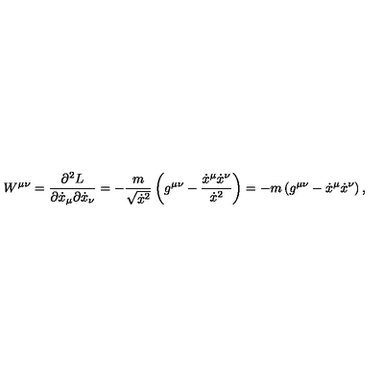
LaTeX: W ^ { \mu \nu } = \frac { \partial ^ { 2 } L } { \partial \dot { x } _ { \mu } \partial \dot { x } _ { \nu } } = - \frac { m } { \sqrt { \dot { x } ^ { 2 } } } \left( g ^ { \mu \nu } - \frac { \dot { x } ^ { \mu } \dot { x } ^ { \nu } } { \dot { x } ^ { 2 } } \right) = - m \left( g ^ { \mu \nu } - \dot { x } ^ { \mu } \dot { x } ^ { \nu } \right) ,